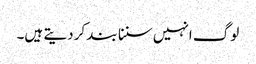
لوگ انہیں سننا بند کردیتے ہیں۔